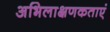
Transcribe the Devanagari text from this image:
अभिलाक्षणकताएं